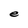
Character: e